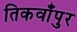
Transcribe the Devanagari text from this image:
तिकवाँपुर